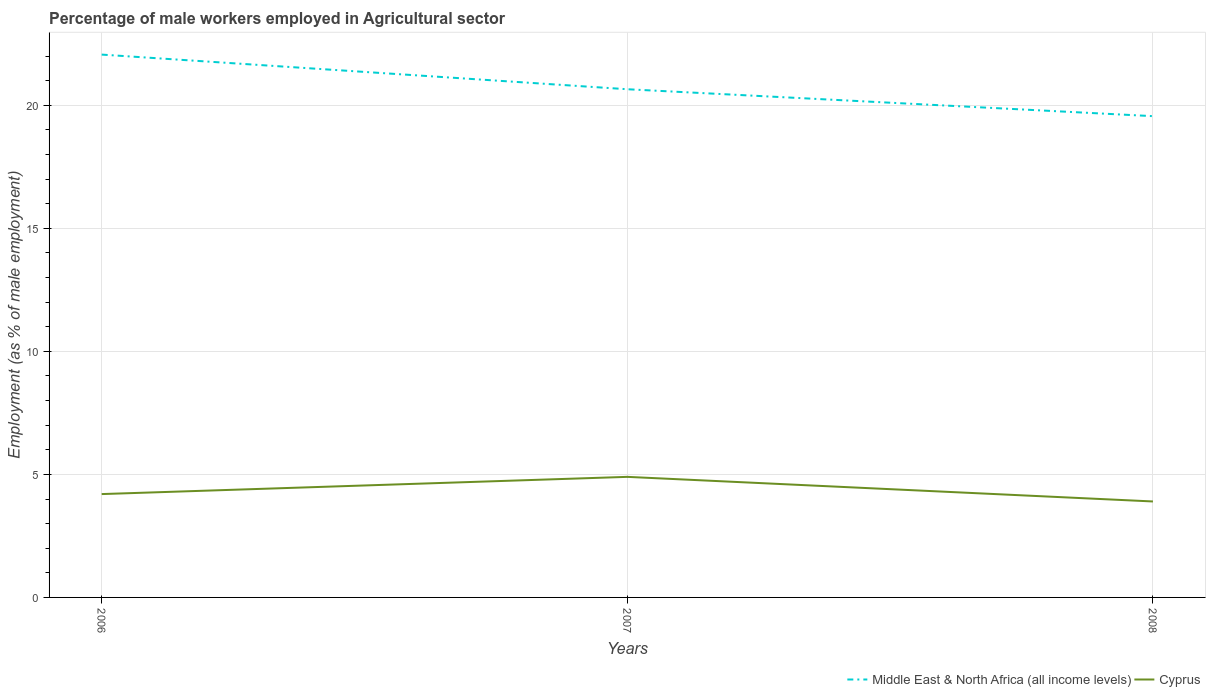
| Years | Middle East & North Africa (all income levels) | Cyprus |
 | --- | --- | --- |
 | 2006 | 22.1 | 4.2 |
 | 2007 | 20.7 | 4.9 |
 | 2008 | 19.6 | 3.9 |